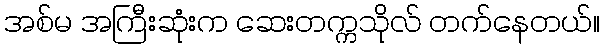
အစ်မ အကြီးဆုံးက ဆေးတက္ကသိုလ် တက်နေတယ်။